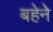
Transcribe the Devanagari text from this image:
बहेने